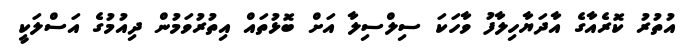
އުތުރު ކޮރެއާގެ އާދަޔާހިލާފު ވާހަކަ ސިލްސިލާ އަށް ބޮޅުތައް އިތުރުވަމުން ދިއުމުގެ އަސްލަކީ